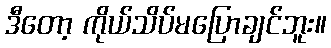
ဒီတော့ ကိုယ်သိပ်မပြောချင်ဘူး။